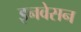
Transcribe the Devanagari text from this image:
इनवेसन